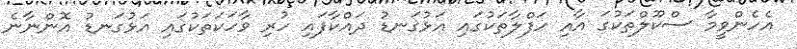
އެހެންވީމާ ސްކޫލްތަކުގަ އާއި ހަފްލާތަކުގައި އަޅުގަނޑު ދައްކާފައި ހުރި ވާހަކަތަކުގައި އަޅުގަނޑު އޮންނާނެ